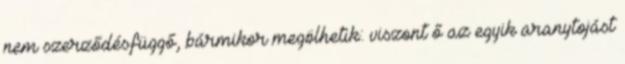
nem szerződésfüggő, bármikor megölhetik: viszont ő az egyik aranytojást